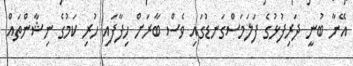
އޭނާ ބުނީ ދަރިފުޅުގެ ފަލަމަސްގަނޑުގައި ވެސް ބާރަށް ހިފާފައި ހުރި ކަމުގެ ނިޝާންތައް